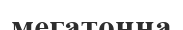
мегатонна